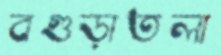
বগুড়াতলা